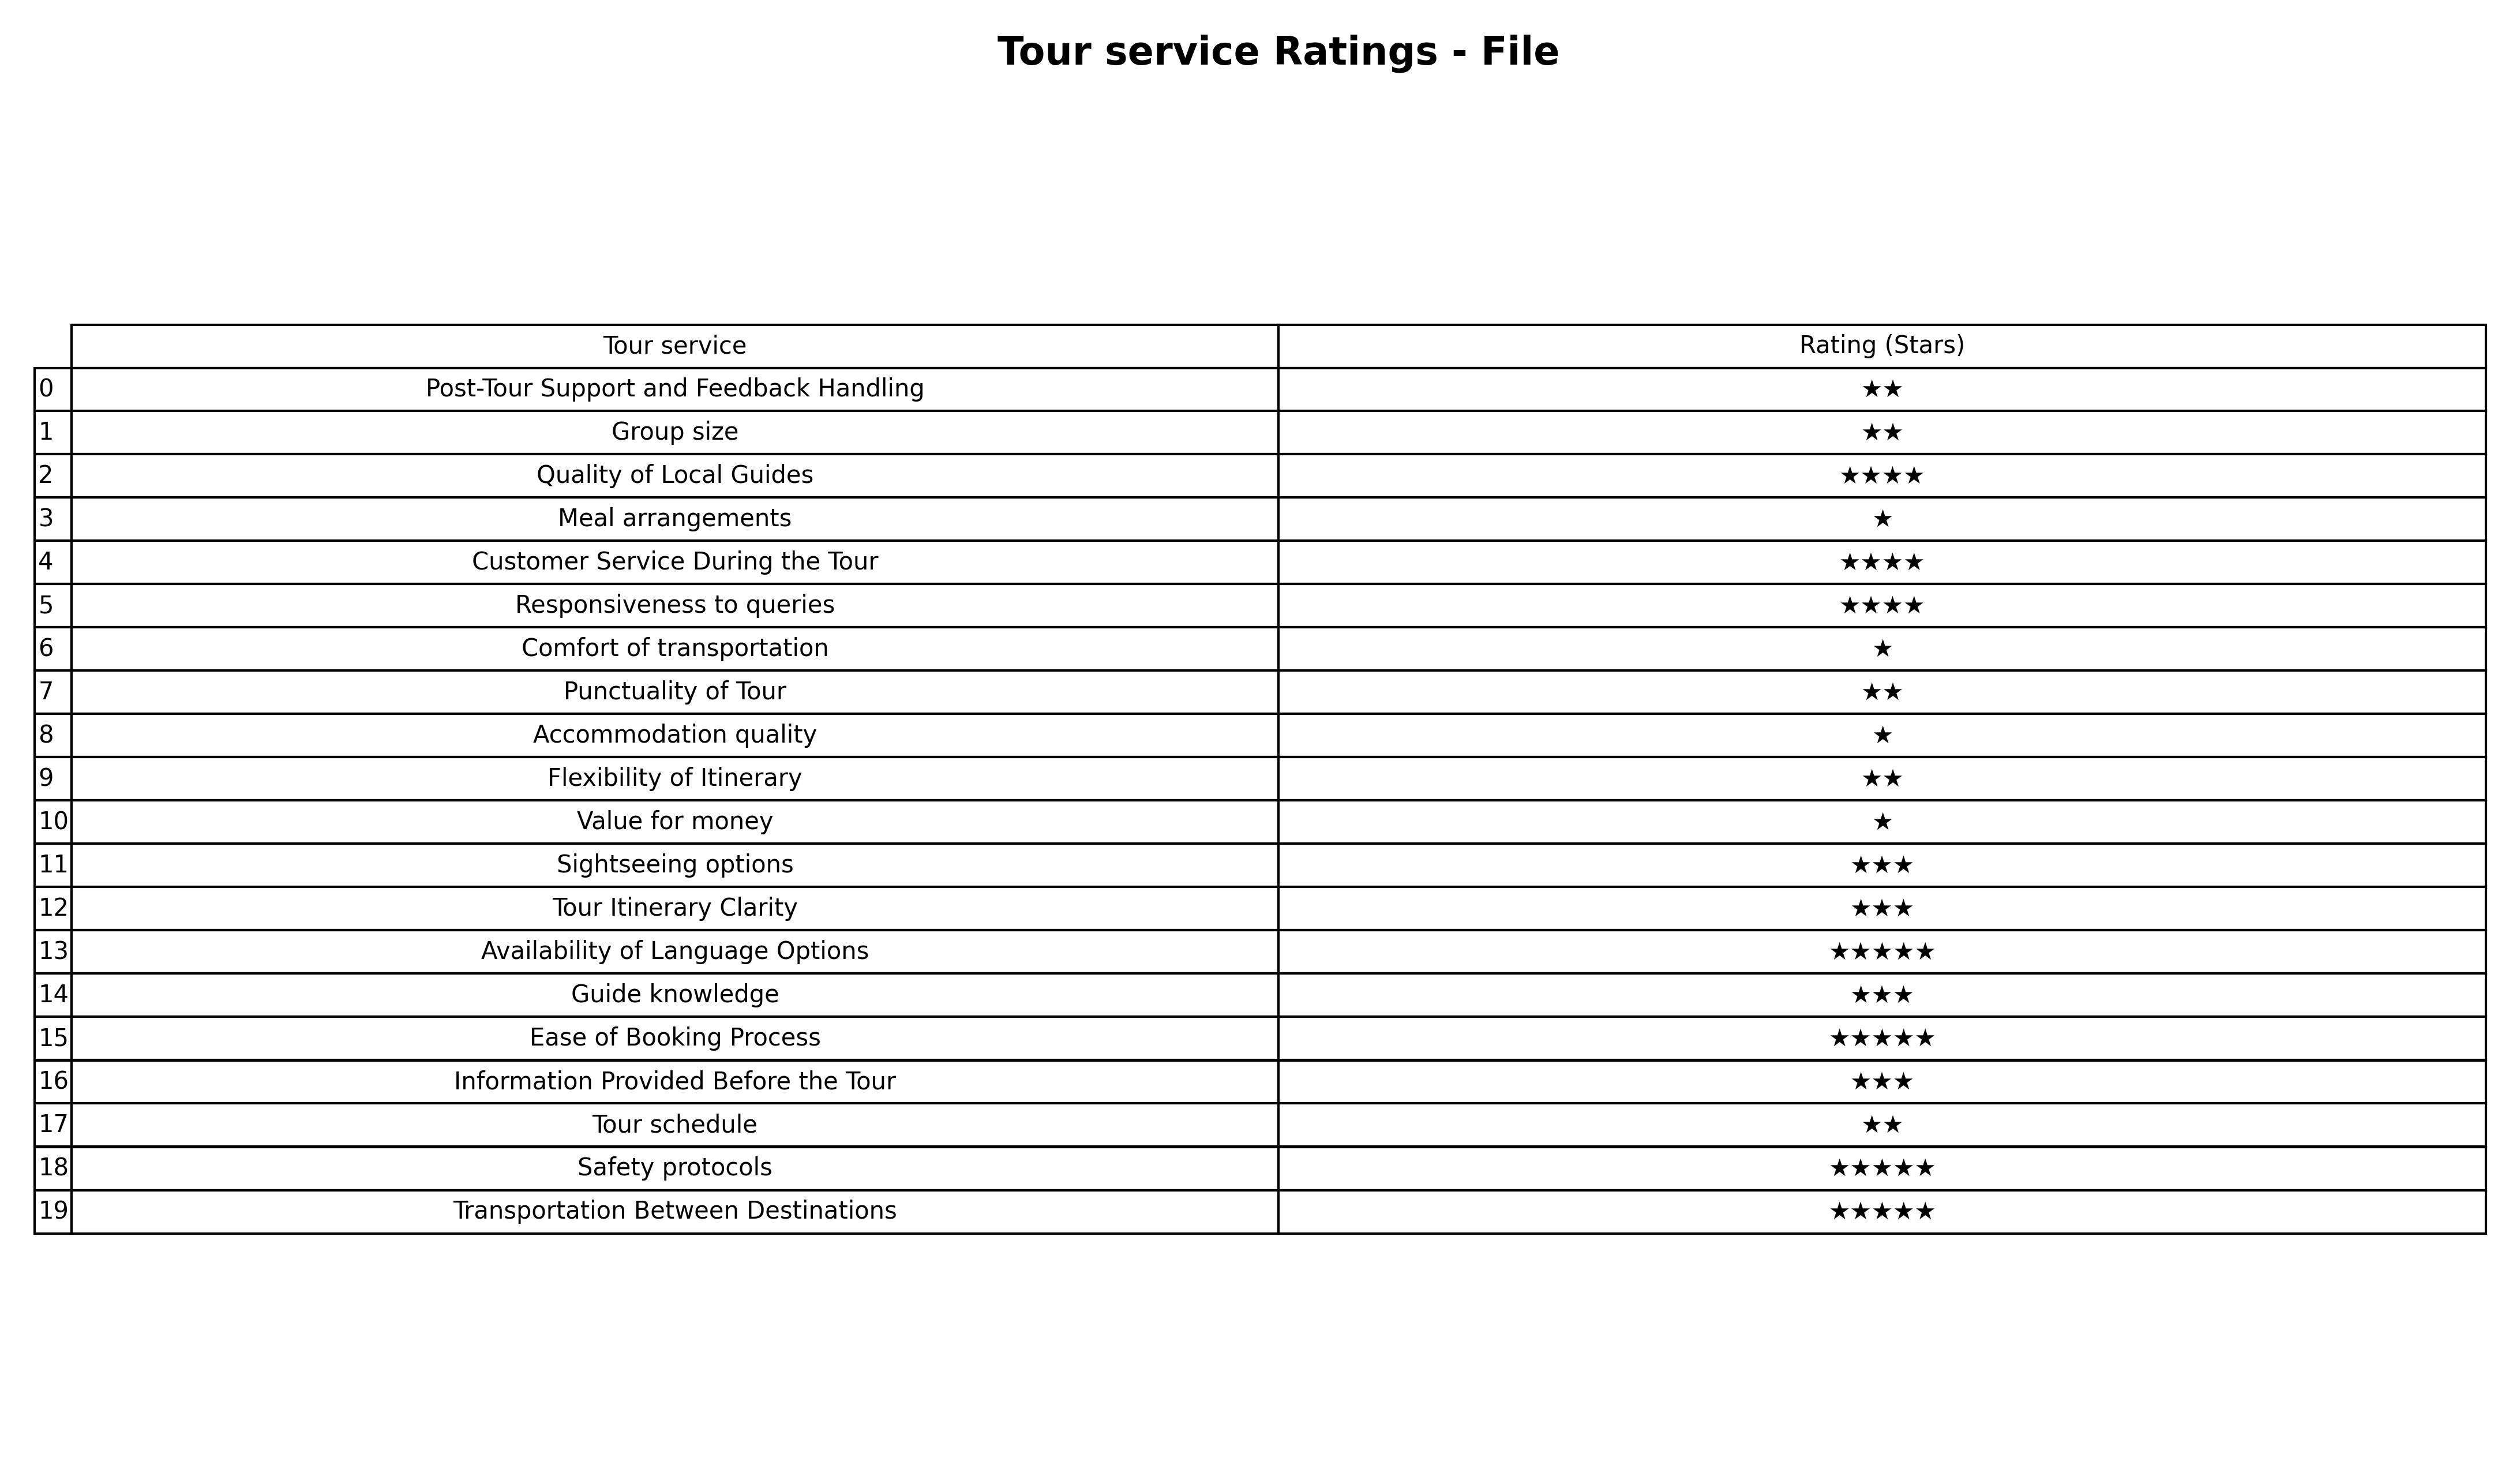
question: Which services are rated average?
answer: Sightseeing optionsTour Itinerary ClarityGuide knowledgeInformation Provided Before the Tour